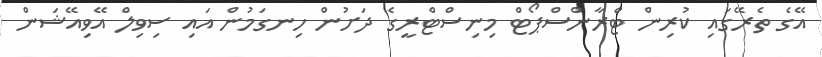
އޭގެ ތެރޭގައި ކުރިން ޓްރާންސްޕޯޓް މިނިސްޓްރީގެ ދަށުން ހިނގަމުން އައި ސިވިލް އޭވިއޭޝަން